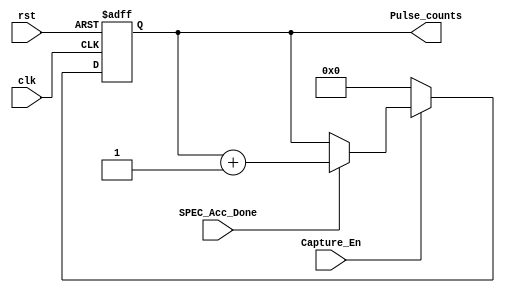
`timescale 1ns / 1ps
//////////////////////////////////////////////////////////////////////////////////
// Company: 
// Engineer: 
// 
// Design Name: 
// Module Name:    Pulse_Counter 
// Project Name: 
// Target Devices: 
// Tool versions: 
// Description: 
//
// Dependencies: 
//
// Revision: 
// Revision 0.01 - File Created
// Additional Comments: 
//
//////////////////////////////////////////////////////////////////////////////////
module Pulse_Counter(
    input wire clk,
    input wire rst,
    input wire SPEC_Acc_Done,
    input wire Capture_En,	
    output reg [15:0] Pulse_counts
    );
	
//
always @(posedge clk or posedge rst)
begin
    if(rst == 1)
    begin
        Pulse_counts <= 0;
    end
    else if(Capture_En == 0)
        Pulse_counts <= 0;
    else if(SPEC_Acc_Done == 1)
        Pulse_counts <= Pulse_counts + 1;
    else
        Pulse_counts <= Pulse_counts;
end

endmodule